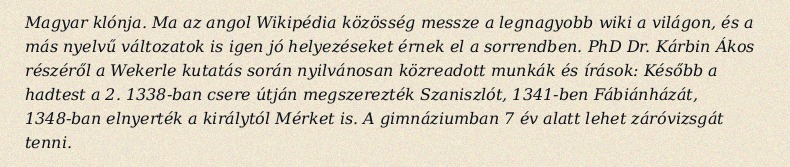
Magyar klónja. Ma az angol Wikipédia közösség messze a legnagyobb wiki a világon, és a más nyelvű változatok is igen jó helyezéseket érnek el a sorrendben. PhD Dr. Kárbin Ákos részéről a Wekerle kutatás során nyilvánosan közreadott munkák és írások: Később a hadtest a 2. 1338-ban csere útján megszerezték Szaniszlót, 1341-ben Fábiánházát, 1348-ban elnyerték a királytól Mérket is. A gimnáziumban 7 év alatt lehet záróvizsgát tenni.